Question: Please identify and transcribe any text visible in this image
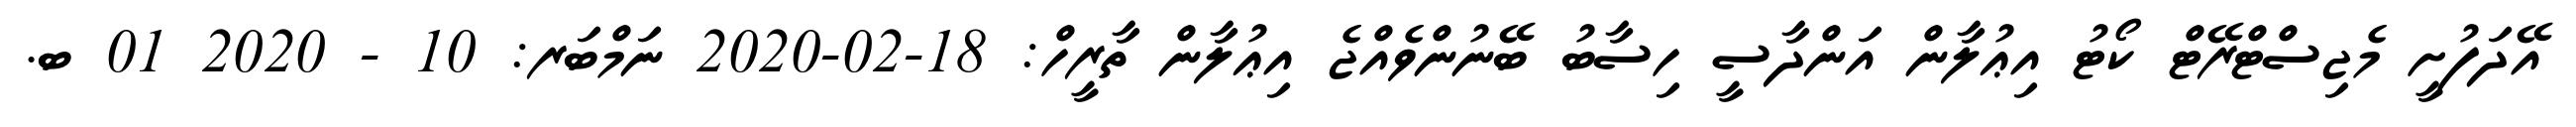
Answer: އޭދަފުށީ މެޖިސްޓްރޭޓް ކޯޓު އިޢުލާން އަންދާސީ ހިސާބު ބޭނުންވެއްޖެ އިޢުލާން ތާރީހް: 18-02-2020 ނަމްބަރ: 10 - 2020 01 ބ.